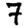
Digit: 7